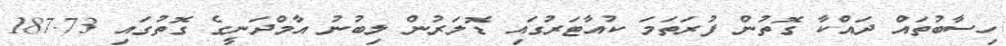
ހިސާބުތައް ދައްކާ ގޮތުން ފުރަތަމަ ކުއާޓަރުގައި ޑޮލަރުން ލިބުނު އާމްދަނީގެ ގޮތުގައި 187.73